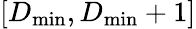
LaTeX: [D_{\mathrm{min}},D_{\mathrm{min}}+1]